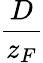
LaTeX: \frac{D}{z_{F}}